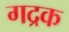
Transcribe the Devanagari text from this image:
गद्रक